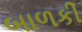
બાળકી